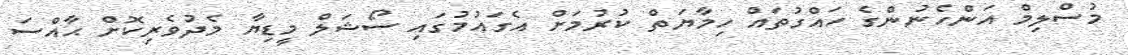
މުސްލިމް އަންހެނުންގެ ހައްގުތައް ހިމާޔަތް ކުރުމަށް އެގައުމުގައި ސޯޝަލް މީޑިޔާ މެދުވެރިކޮށް ޙާއްސަ